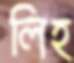
লিহ